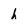
Character: h